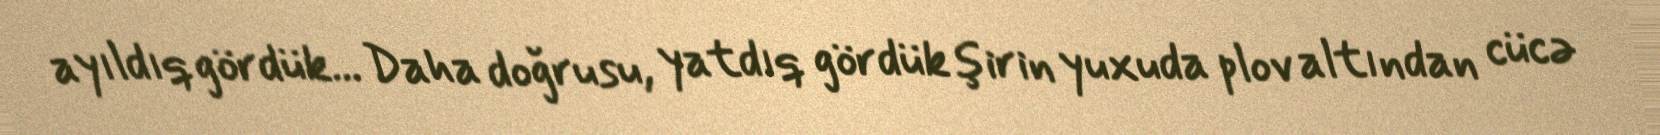
ayıldıq gördük... Daha doğrusu, yatdıq gördük şirin yuxuda plov altından cücə